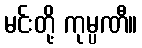
မင်းတို့ ကုမ္ပဏီ။